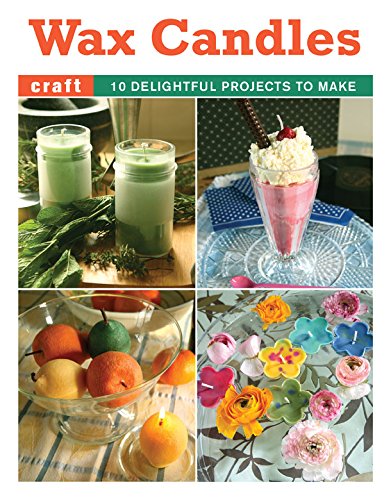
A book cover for Wax Candles Booklet; Elaine Stavert; Cookbooks, Food & Wine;